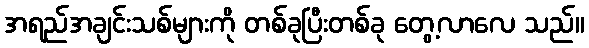
အရည်အချင်းသစ်များကို တစ်ခုပြီးတစ်ခု တွေ့လာလေ သည်။